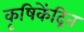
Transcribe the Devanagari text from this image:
कृषिकेंद्रित